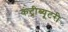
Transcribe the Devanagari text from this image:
कंट्रीब्यूटरी